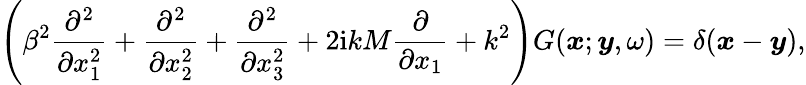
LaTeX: \left(\beta^{2}\frac{\partial^{2}}{\partial x_{1}^{2}}+\frac{\partial^{2}}{\partial x_{2}^{2}}+\frac{\partial^{2}}{\partial x_{3}^{2}}+2\mathrm{i}kM\frac{\partial}{\partial x_{1}}+k^{2}\right)G(\boldsymbol{x};\boldsymbol{y},\omega)=\delta(\boldsymbol{x}-\boldsymbol{y}),